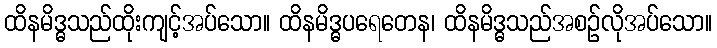
ထိနမိဒ္ဓသည်ထိုးကျင့်အပ်သော။ ထိနမိဒ္ဓပရေတေန၊ ထိနမိဒ္ဓသည်အစဉ်လိုအပ်သော။